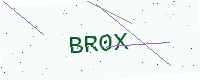
Text: BR0X